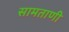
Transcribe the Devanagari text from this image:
सामताणी